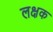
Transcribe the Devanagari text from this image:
लक्षक